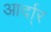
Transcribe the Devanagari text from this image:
आर्दा्र